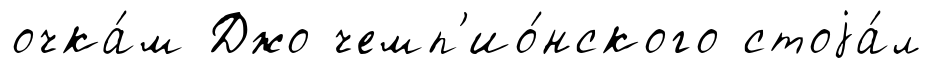
очка́м Джо чемп'ио́нского стоjа́л